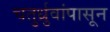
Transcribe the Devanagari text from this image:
चतुर्ध्रुवांपासून